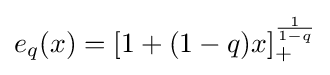
e_{q}(x)=[1+(1-q)x]_{+}^{1 \over 1-q}